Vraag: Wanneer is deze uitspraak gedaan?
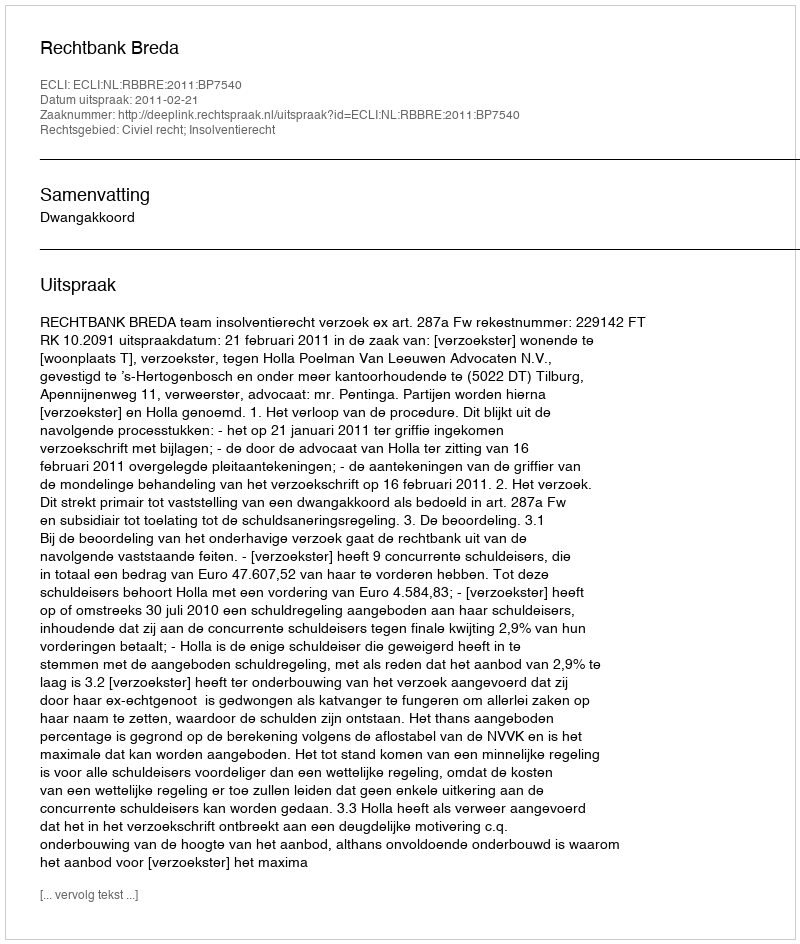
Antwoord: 2011-02-21